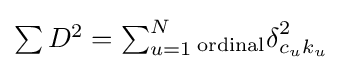
{\textstyle \sum D^{2}=\sum _{u=1}^{N}{_{\text{ordinal}}\delta }_{c_{u}k_{u}}^{2}}